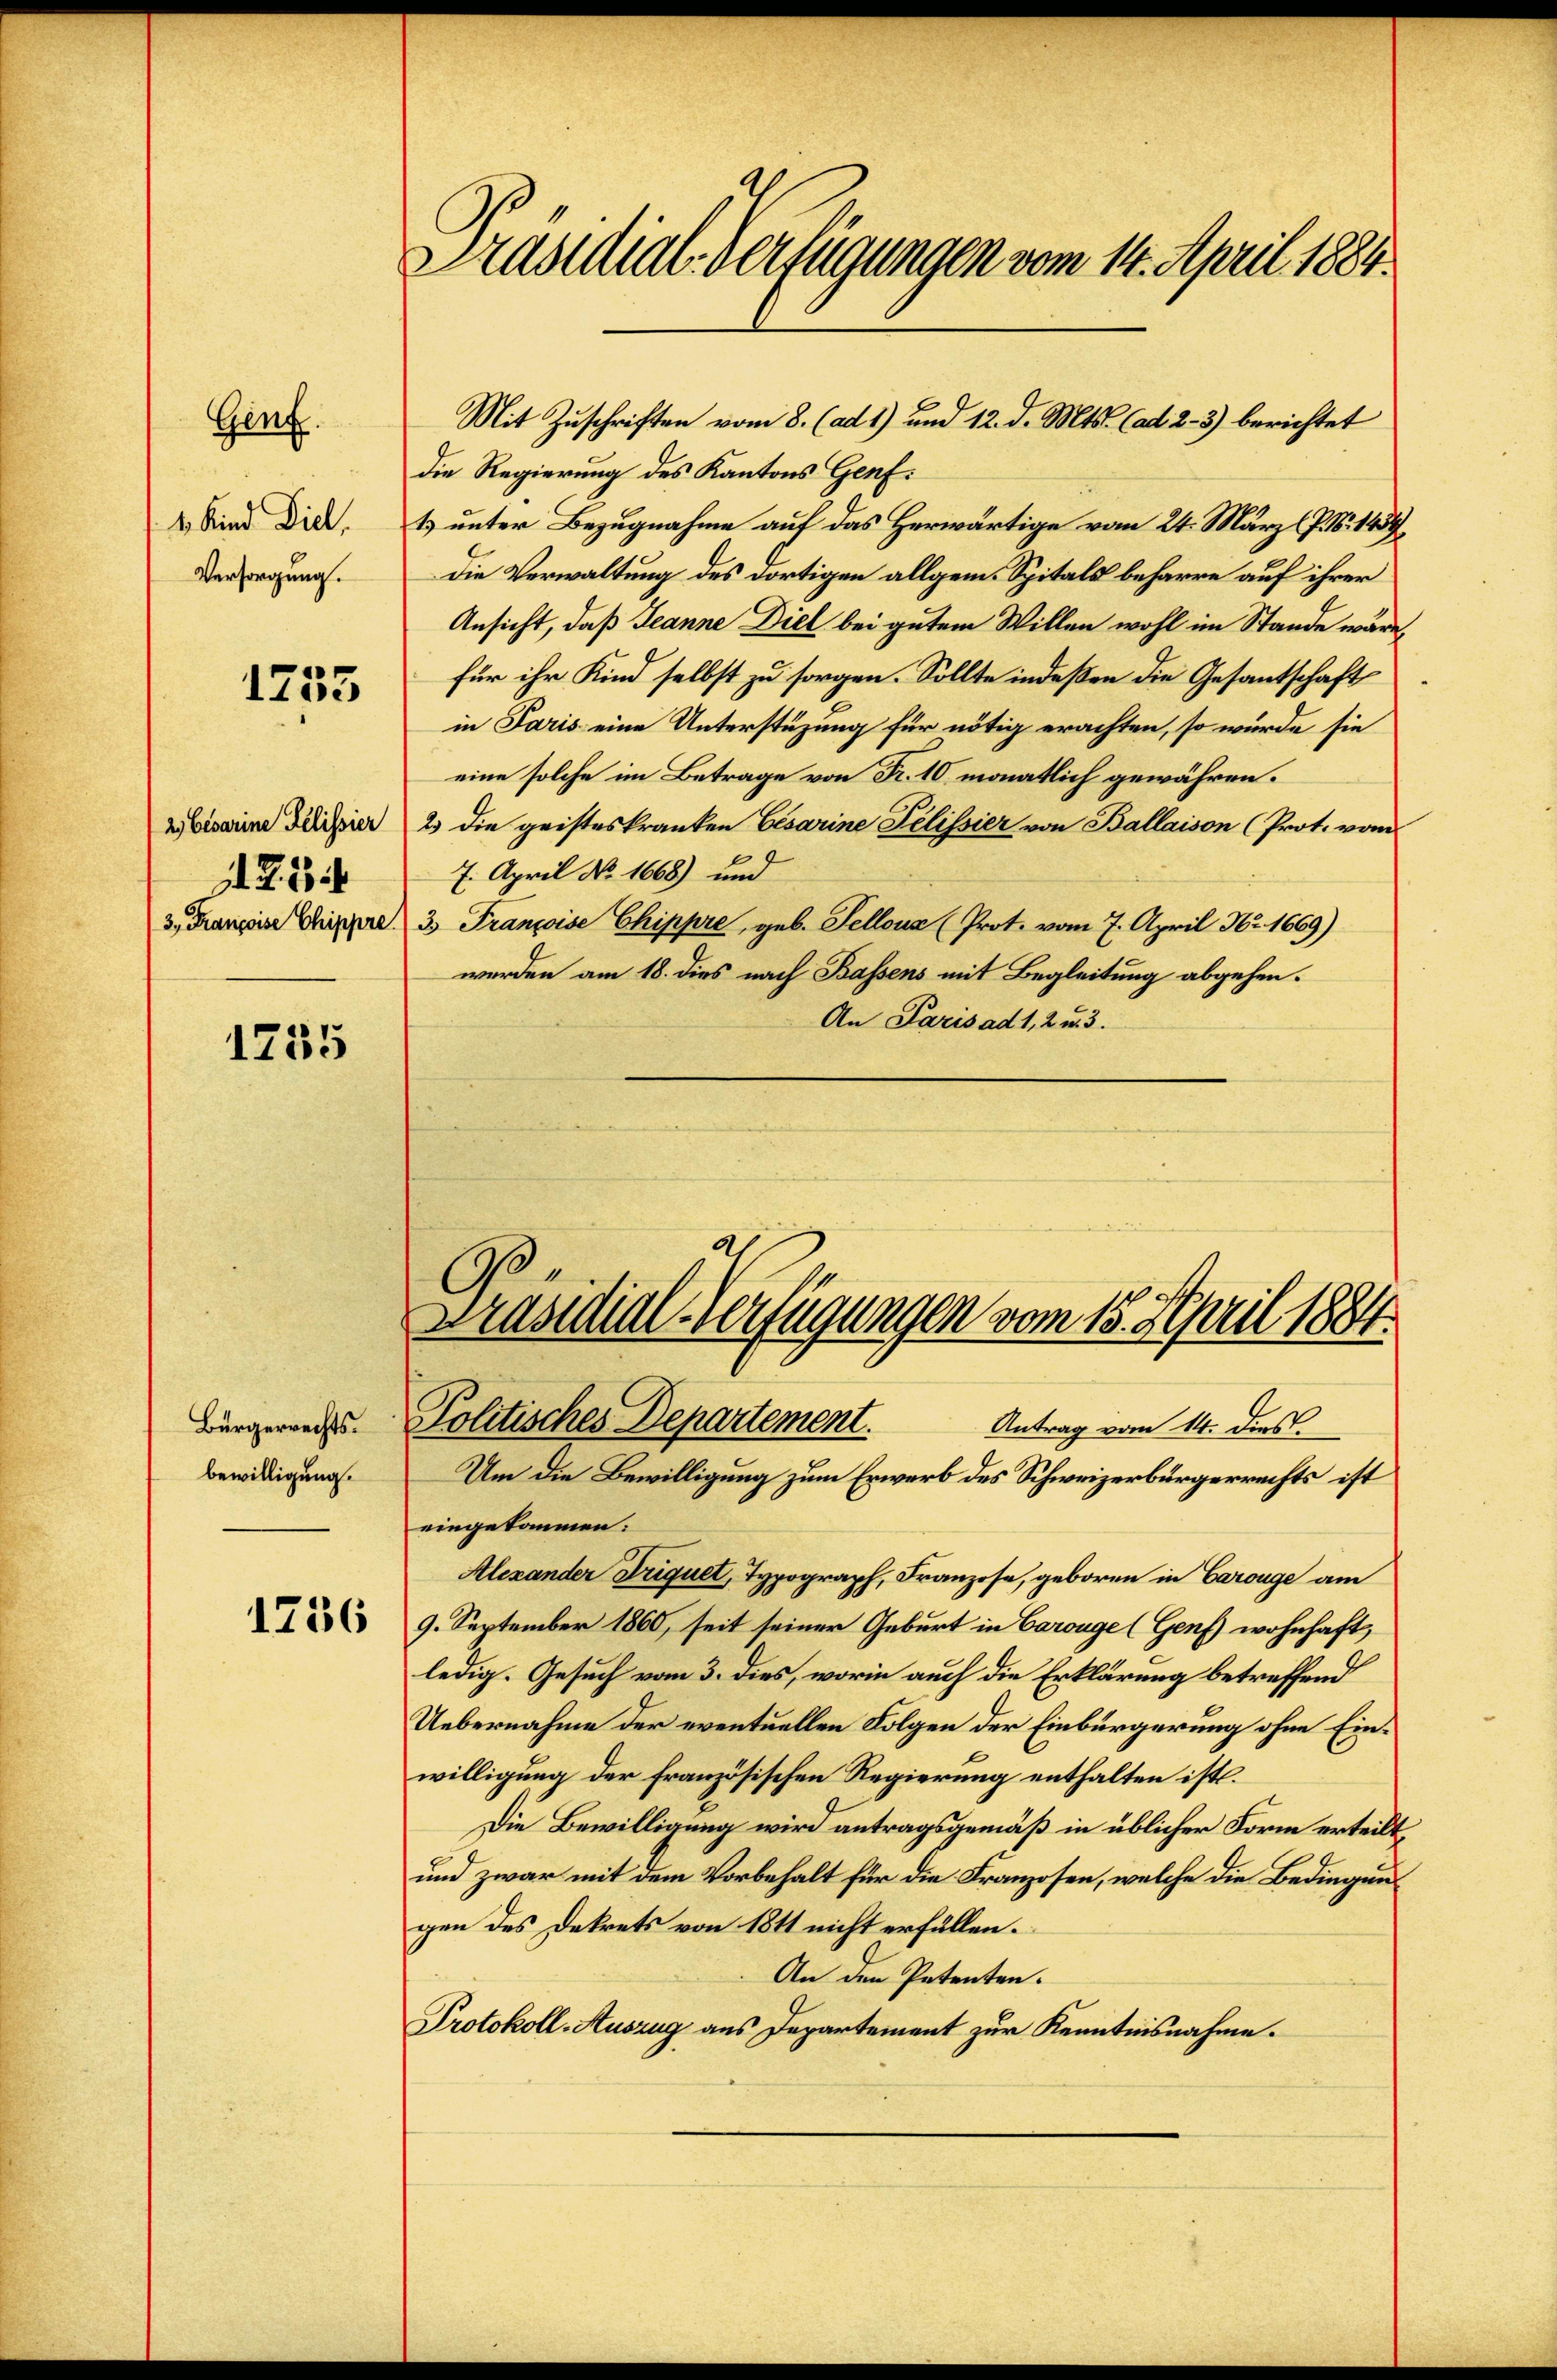
4 Kind Diel
Versorgung.

Genf.

1735

2. Cesarine Relissier
 Z. 21
3, Françoise Chippre

1755

Bürgerrechts.
bewilligung.

1736

Präsidial-Verfügungen vom 14. April 1884.

Mit Zuschriften vom 8. (ad 1) und 12. d. Mts. (ad 2.- 3) berichtet
die Regierung des Kantons Genf.
& unter Bezugnahme auf das Herwärtige vom 24. März (P. N. 1439,
die Verwaltung des dortigen allgem. Spitals beharre auf ihrer
Ansicht, daß Jeanne Diel bei gutem Willen wohl im Stande wäre,
für ihr Kind selbst zu sorgen. Sollte indeßen die Gesantschaft
in Paris eine Unterstüzung für nötig erachten, so würde sie
eine solche im Betrage von Fr. 10. monatlich gewähren.
2) die geisteskranken Cesarine Pelissier von Ballaison (Prot. vom
7. April No 1668) und
3. Franzoise Chippre, geb. Sellous (Prot. vom 7. April Nr. 1669)
werden am 18. dies nach Bassens mit Begleitung abgehen.
An Paris ad 1, 2 u. 3.
Präsidial-Verfügungen vom 15. April 1884.

Politisches Departement.
Antrag vom 14. dies

Um die Bewilligung zum Erwerb des Schweizerbürgerrechts ist
eingekommen.
Alexander Triquet, Typograph, Franzose, geboren in Carouge am
9. September 1860, seit seiner Geburt in Carouge (Genf wohnhaft,
ledig. Gesuch vom 3. dies, worin auch die Erklärung betreffend
Uebernahme der eventuellen Folgen der Einbürgerung ohne Einwilligung der französischen Regierung enthalten ist.
Die Bewilligung wird antragsgemäß in üblicher Form erteilt,
und zwar mit dem Vorbehalt für die Franzosen, welche die Bedingungen des Dekrets von 1811 nicht erfüllen.
An den Petenten.
Protokoll-Auszug aus Departement zur Kenntnisnahme.